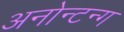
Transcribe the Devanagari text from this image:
अनोन्टन्ग